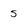
Character: s